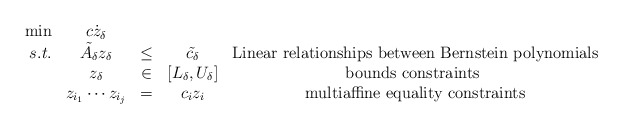
\begin{align*}\begin{array}{rcccc}\min & c\dot z_{\delta} \\s.t. & \tilde{A_{\delta}} z_{\delta} & \leq & \tilde{c_{\delta}} & \mbox{Linear relationships between Bernstein polynomials}\\ & z_{\delta} & \in & [L_{\delta},U_{\delta}] & \mbox{bounds constraints } \\ & z_{i_1} \cdots z_{i_j} &=& c_i z_i& \mbox{ multiaffine equality constraints } \\\end{array}\end{align*}